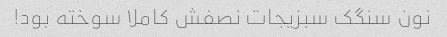
نون سنگک سبزیجات نصفش کاملا سوخته بود!